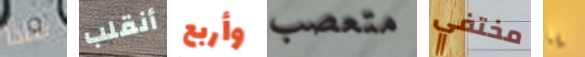
ماذا أنقلب وأربع متعصب مختفي يا